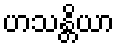
ဟသန္တိယာ